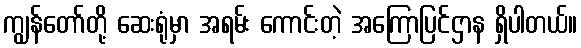
ကျွန်တော်တို့ ဆေးရုံမှာ အရမ်း ကောင်းတဲ့ အကြောပြင်ဌာန ရှိပါတယ်။